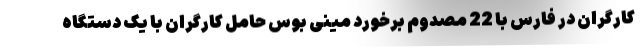
کارگران در فارس با 22 مصدوم برخورد مینی بوس حامل کارگران با یک دستگاه